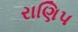
રાણિપ